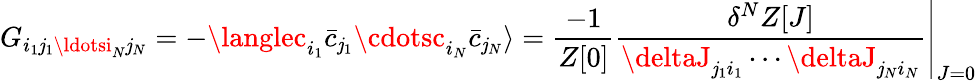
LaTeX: G_{i_{1}\mathit{j}_{1}\ldotsi_{N}\mathit{j}_{N}}=-\langlec_{i_{1}}{\bar{{c}}}_{\mathit{j}_{1}}\cdotsc_{i_{N}}{\bar{{c}}}_{\mathit{j}_{N}}\rangle={\frac{{-1}}{{Z[0]}}}\left.{\frac{{\delta^{N}Z[J]}}{{\deltaJ_{\mathit{j}_{1}i_{1}}\cdots\deltaJ_{\mathit{j}_{N}i_{N}}}}}\right|_{J=0}